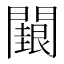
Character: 𮤢